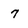
Character: 7